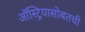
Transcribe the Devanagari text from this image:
ऑस्ट्रियासोबतची